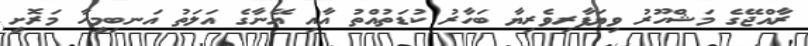
ރާއްޖޭގެ މަޝްހޫރު ވިޔަފާރިވެރިޔާ ބަހާރު ކުޑަތުއްތު އާއި އޭނާގެ އަލަތު އަނބިމީހާ މަރޮށީ